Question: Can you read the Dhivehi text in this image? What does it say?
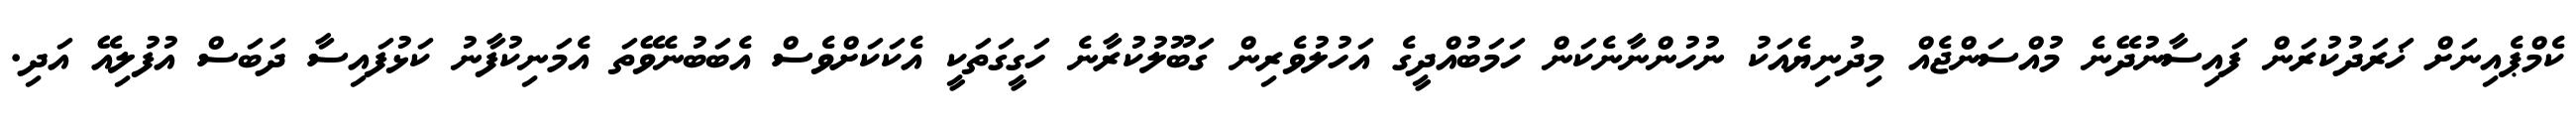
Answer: ކެމްޕެއިނަށް ޚަރަދުކުރަން ފައިސާނުދޭނެ މުއްސަންޖެއް މިދުނިޔެއަކު ނުހުންނާނެކަން ހަމަބުއްދީގެ އަހުލުވެރިން ގަބޫލުކުރާނެ ހަގީގަތަކީ އެކަކަށްވެސް އެބަބުނެވޭތަ އެމަނިކުފާނު ކަޅުފައިސާ ދަބަސް އުފުލިއޭ އަދި.